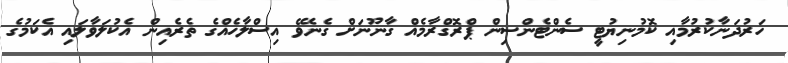
ހަރުދަނާކުރުމާއި ކޮމުނިޔުޓީ ސެންޓެންސިން ޕްރޮގްރާމެއް ގާނޫނަށް ގެނެވޭ އިސްލާހެއްގެ ތެރެއިން އެކުލަވާލައި އެކަމުގެ